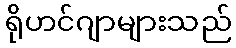
ရိုဟင်ဂျာများသည်